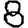
Digit: 8